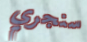
سنجري